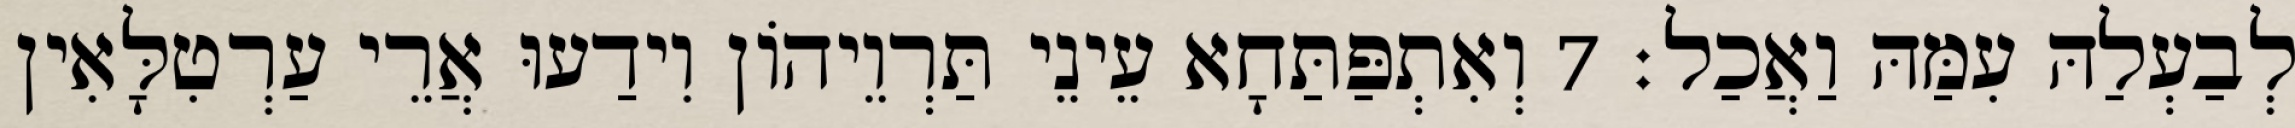
לְבַעְלַהּ עִמַּהּ וַאֲכַל׃ 7 וְאִתְפַּתַּחָא עֵינֵי תַּרְוֵיהוֹן וִידַעוּ אֲרֵי עַרְטִלָּאִין